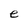
Character: e